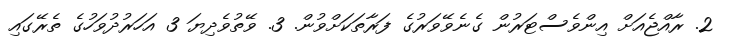
2. ރާއްޖެއަށް އިންވެސްޓަރުން ގެނެވޭވަރުގެ ފަރާތަކަށްވުން. 3. ވޭތުވެދިޔަ 3 އަހަރުދުވަހުގެ ތެރޭގައި